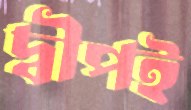
দ্বীপই